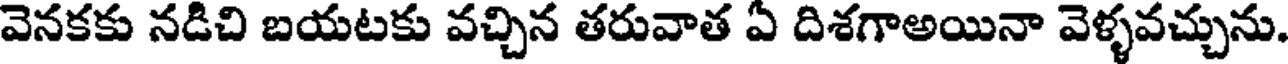
వెనకకు నడిచి బయటకు వచ్చిన తరువాత ఏ దిశగాఅయినా వెళ్ళవచ్చును.